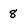
Character: 8